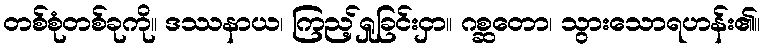
တစ်စုံတစ်ခုကို။ ဒဿနာယ၊ ကြည့်ရှုခြင်းငှာ။ ဂစ္ဆတော၊ သွားသောရဟန်း၏။